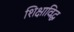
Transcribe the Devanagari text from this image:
शिक्षाविद्ध